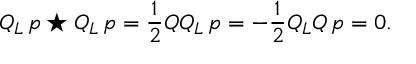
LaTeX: Q _ { L } \, p \star Q _ { L } \, p = \frac { 1 } { 2 } Q Q _ { L } \, p = - \frac { 1 } { 2 } Q _ { L } Q \, p = 0 .